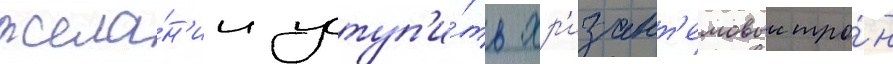
жела́н'ии уступ'и́ть хр'изант'емовыи тро́н